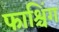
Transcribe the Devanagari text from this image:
फाश्चिंग